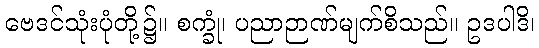
ဗေဒင်သုံးပုံတို့၌။ စက္ခုံ၊ ပညာဉာဏ်မျက်စိသည်။ ဥဒပါဒိ၊